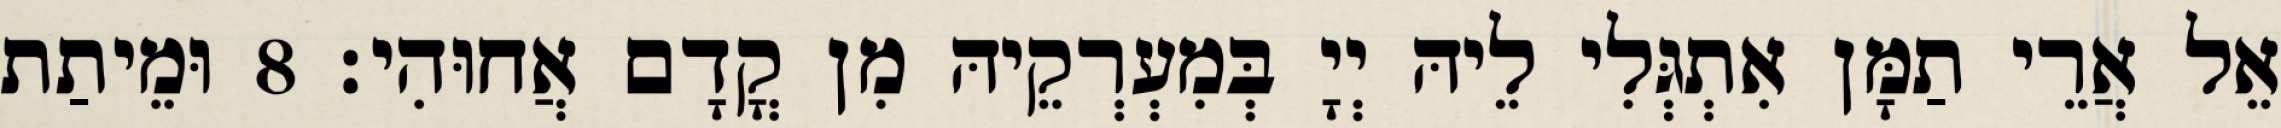
אֵל אֲרֵי תַמָּן אִתְגְּלִי לֵיהּ יְיָ בְּמִעְרְקֵיהּ מִן קֳדָם אֲחוּהִי׃ 8 וּמֵיתַת